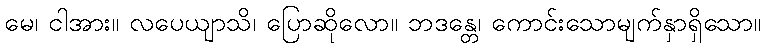
မေ၊ ငါအား။ လပေယျာသိ၊ ပြောဆိုလော။ ဘဒန္တေ၊ ကောင်းသောမျက်နှာရှိသော။